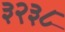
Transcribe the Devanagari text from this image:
३२३८